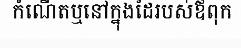
កំណើតឬនៅក្នុងដៃរបស់ឪពុក